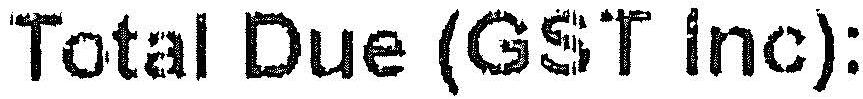
TOTAL DUE (GST INC):